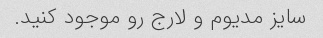
سایز مدیوم و لارج رو موجود کنید.